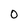
Character: 0